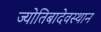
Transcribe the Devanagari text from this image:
ज्योतिबादेवस्थान